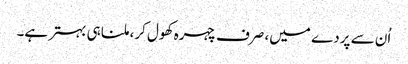
اُن سے پردے میں، صرف چہرہ کھول کر، ملنا ہی بہتر ہے۔